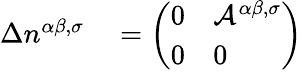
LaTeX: \begin{array}{rl}{\Delta n^{\alpha\beta,\sigma}}&{{}=\left(\begin{array}{ll}{0}&{\mathcal{A}^{\alpha\beta,\sigma}}\\ {0}&{0}\end{array}\right)}\end{array}